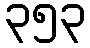
၃၅၃